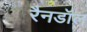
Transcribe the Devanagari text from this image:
रैनडॉल